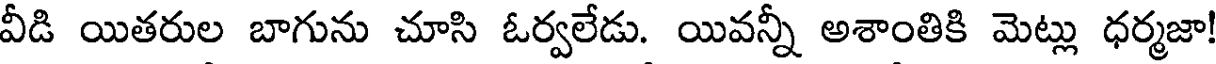
వీడి యితరుల బాగును చూసి ఓర్వలేడు. యివన్నీ అశాంతికి మెట్లు ధర్మజా!